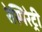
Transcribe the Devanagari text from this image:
रेस्पिरेट्री